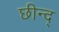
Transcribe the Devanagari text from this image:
छीन्द्